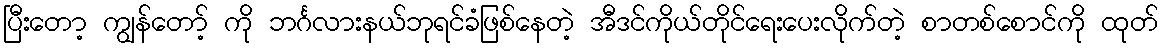
ပြီးတော့ ကျွန်တော့် ကို ဘင်္ဂလားနယ်ဘုရင်ခံဖြစ်နေတဲ့ အီဒင်ကိုယ်တိုင်ရေးပေးလိုက်တဲ့ စာတစ်စောင်ကို ထုတ်